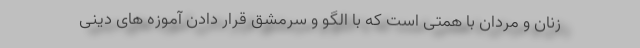
زنان و مردان با همتی است که با الگو و سرمشق قرار دادن آموزه های دینی